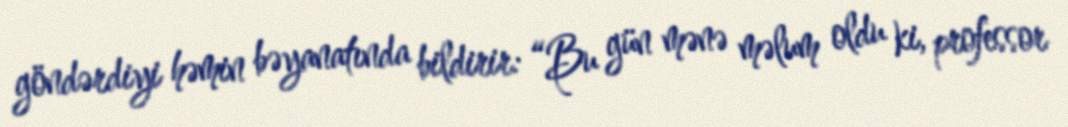
göndərdiyi həmin bəyanatında bildirir: “Bu gün mənə məlum oldu ki, professor